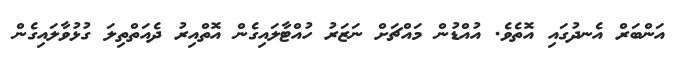
އަންބަރް އެނދުގައި އޮތެވެ. އުއްޑުން މައްޗަށް ނަޒަރު ހުއްޓާލައިގެން އޮތްއިރު ދެއަތްތިލަ ގުޅުވާލައިގެން